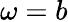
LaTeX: \omega=b